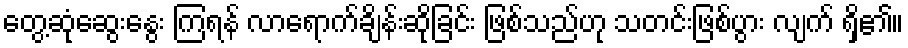
တွေ့ဆုံဆွေးနွေး ကြရန် လာရောက်ချိန်းဆိုခြင်း ဖြစ်သည်ဟု သတင်းဖြစ်ပွား လျက် ရှိ၏။